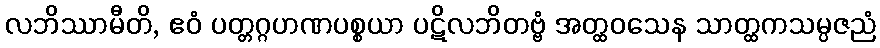
လဘိဿာမီတိ, ဧဝံ ပတ္တဂ္ဂဟဏပစ္စယာ ပဋိလဘိတဗ္ဗံ အတ္ထဝသေန သာတ္ထကသမ္ပဇညံ